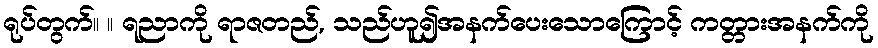
ရုပ်တွက်။ ။ ရညာကို ရာဇတည်, သည်ဟူ၍အနက်ပေးသောကြောင့် ကတ္တားအနက်ကို